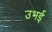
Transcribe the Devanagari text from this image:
उभई